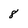
Character: 8